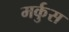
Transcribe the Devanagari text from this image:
मर्कुस